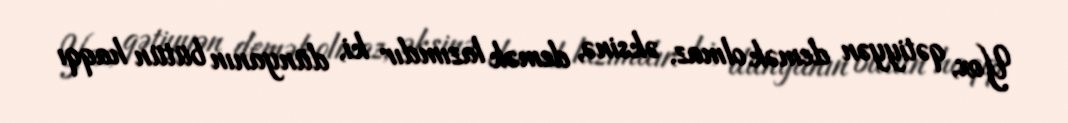
Yox, qətiyyən demək olmaz, əksinə, demək lazımdır ki, dünyanın bütün haqqı